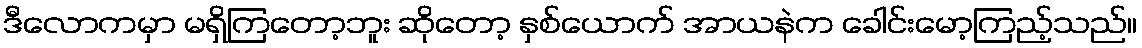
ဒီလောကမှာ မရှိကြတော့ဘူး ဆိုတော့ နှစ်ယောက် အာယနဲက ခေါင်းမော့ကြည့်သည်။